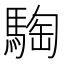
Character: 騊